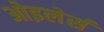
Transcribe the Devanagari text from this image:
ओइलेर्स